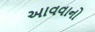
આવવાનો